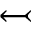
\leftarrowtail